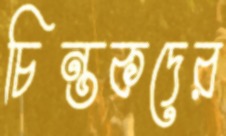
চিন্তকদের